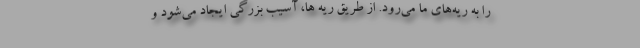
را به ریه‌های ما می‌رود. از طریق ریه ها، آسیب بزرگی ایجاد می‌شود و